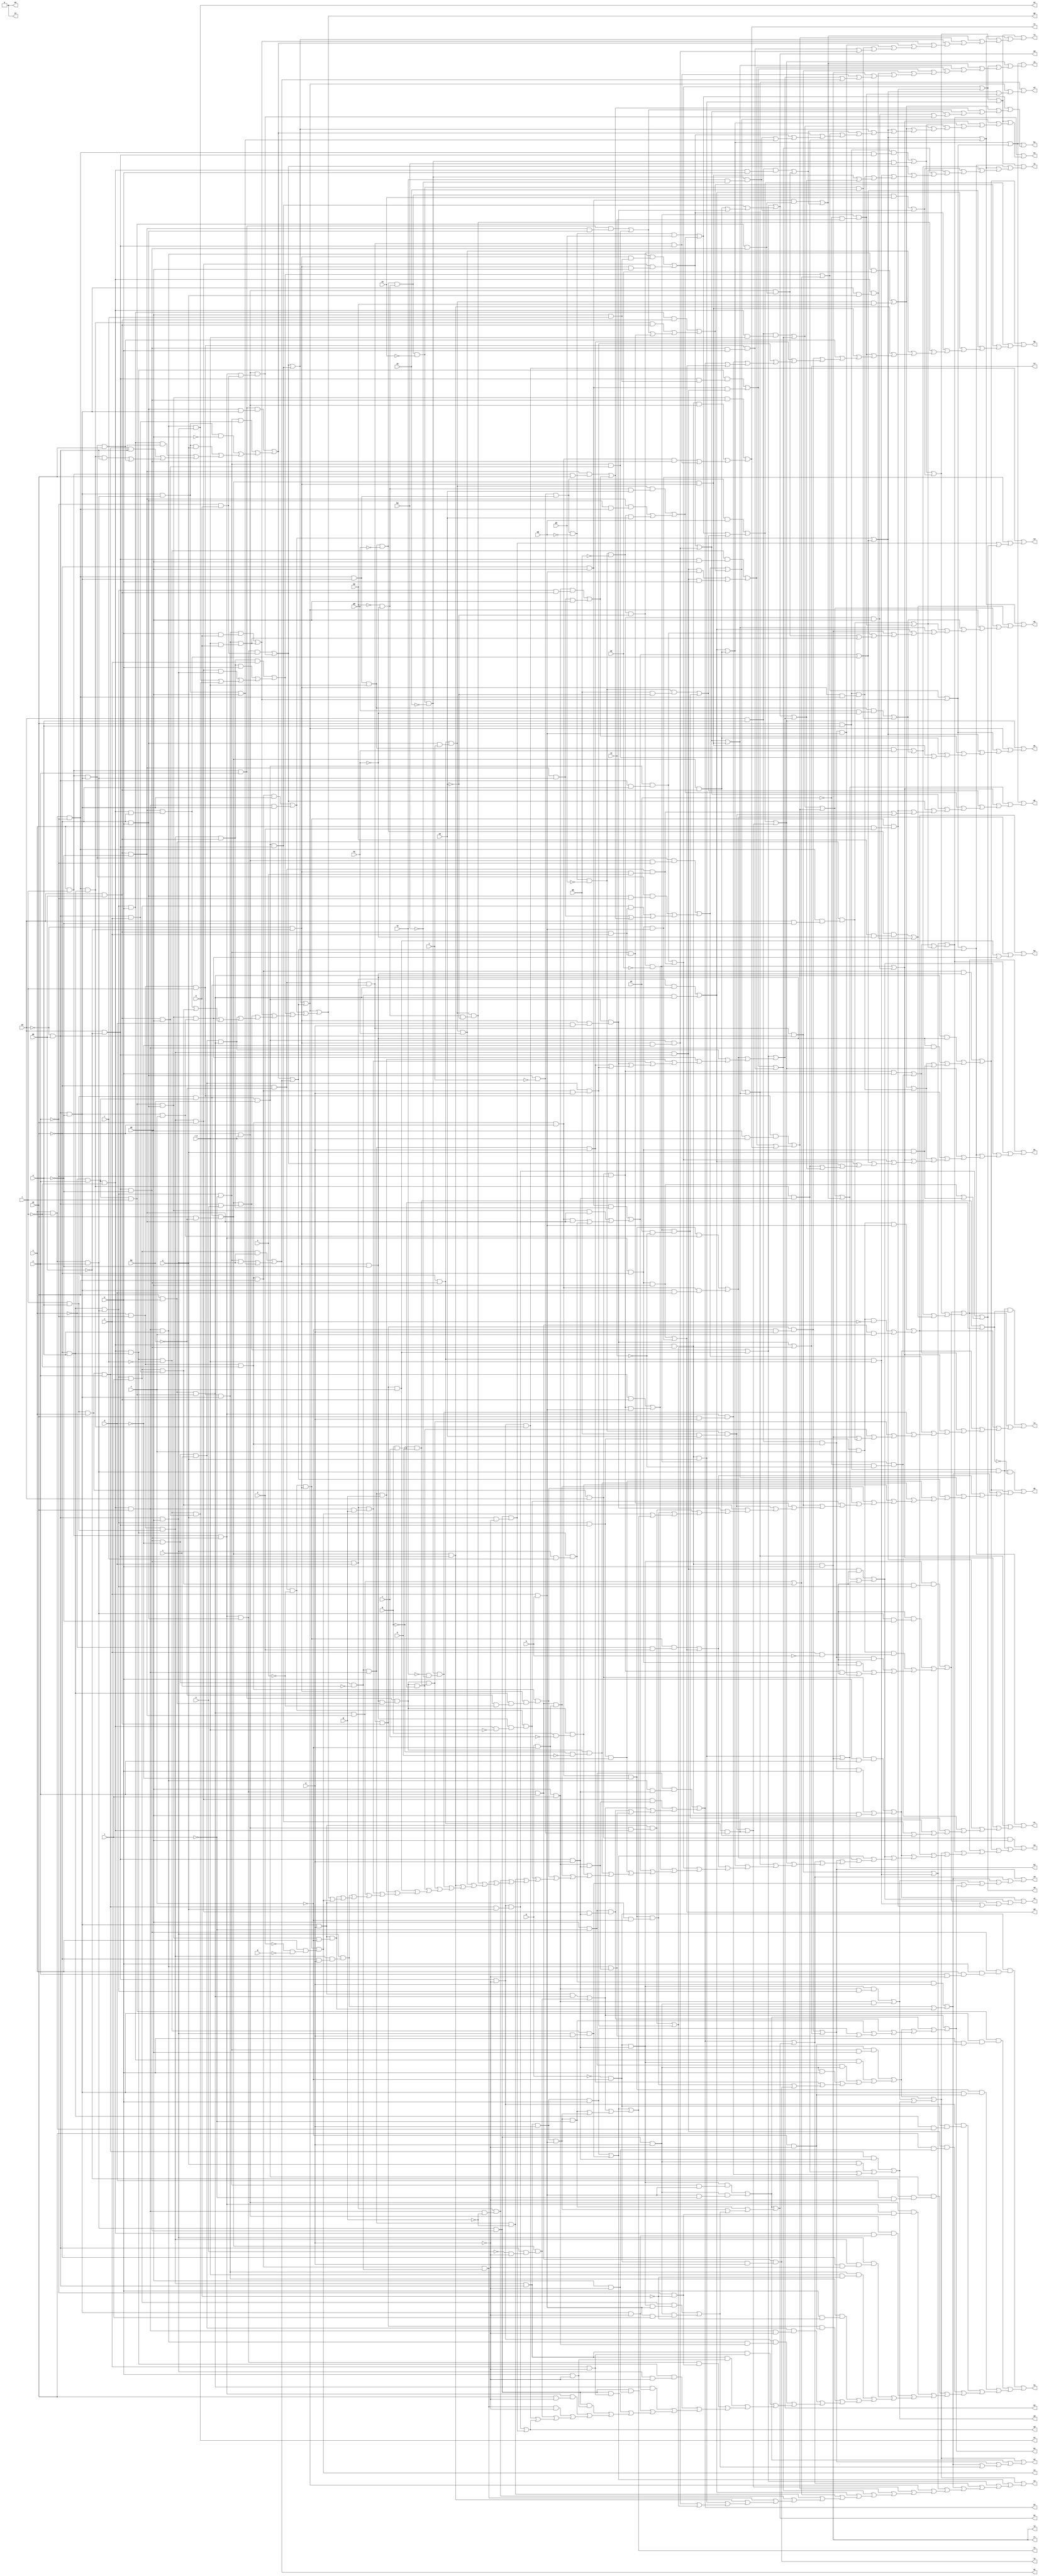
// IWLS benchmark module "k2" printed on Wed May 29 17:27:51 2002
module k2(a, b, c, d, e, f, g, h, i, j, k, l, m, n, o, p, q, r, s, t, u, v, w, \x , y, z, a0, b0, c0, d0, e0, f0, g0, h0, i0, j0, k0, l0, m0, n0, o0, p0, q0, r0, s0, t0, u0, v0, w0, x0, y0, z0, a1, b1, c1, d1, e1, f1, g1, h1, i1, j1, k1, l1, m1, n1, o1, p1, q1, r1, s1, t1, u1, v1, w1, x1, y1, z1, a2, b2, c2, d2, e2, f2, g2, h2, i2, j2, k2, l2);
input
  a,
  b,
  c,
  d,
  e,
  f,
  g,
  h,
  i,
  j,
  k,
  l,
  m,
  n,
  o,
  p,
  q,
  r,
  s,
  t,
  u,
  v,
  w,
  \x ,
  y,
  z,
  a0,
  b0,
  c0,
  d0,
  e0,
  f0,
  g0,
  h0,
  i0,
  j0,
  k0,
  l0,
  m0,
  n0,
  o0,
  p0,
  q0,
  r0,
  s0;
output
  z0,
  z1,
  a1,
  a2,
  b1,
  b2,
  c1,
  c2,
  d1,
  d2,
  e1,
  e2,
  f1,
  f2,
  g1,
  g2,
  h1,
  h2,
  i1,
  i2,
  j1,
  j2,
  k1,
  k2,
  l1,
  l2,
  m1,
  n1,
  o1,
  p1,
  q1,
  r1,
  s1,
  t0,
  t1,
  u0,
  u1,
  v0,
  v1,
  w0,
  w1,
  x0,
  x1,
  y0,
  y1;
wire
  \[60] ,
  z5,
  \[61] ,
  \[146] ,
  \[62] ,
  \[147] ,
  \[63] ,
  r11,
  \[148] ,
  \[64] ,
  \[149] ,
  \[65] ,
  \[66] ,
  z10,
  z11,
  \[67] ,
  \[245] ,
  \[68] ,
  \[246] ,
  \[69] ,
  \[247] ,
  \[150] ,
  \[0] ,
  \[151] ,
  \[1] ,
  \[152] ,
  \[2] ,
  \[153] ,
  \[3] ,
  \[154] ,
  \[4] ,
  \[70] ,
  k12,
  \[155] ,
  \[5] ,
  \[156] ,
  \[6] ,
  \[157] ,
  \[7] ,
  \[158] ,
  \[8] ,
  \[252] ,
  \[159] ,
  \[9] ,
  \[75] ,
  \[255] ,
  \[78] ,
  \[256] ,
  \[79] ,
  \[257] ,
  \[259] ,
  \[160] ,
  \[161] ,
  d12,
  \[162] ,
  \[163] ,
  \[164] ,
  \[80] ,
  l11,
  \[165] ,
  \[81] ,
  \[260] ,
  \[167] ,
  \[261] ,
  t11,
  t12,
  \[168] ,
  \[84] ,
  \[262] ,
  \[169] ,
  \[85] ,
  \[263] ,
  \[86] ,
  \[264] ,
  \[87] ,
  \[265] ,
  \[88] ,
  \[266] ,
  \[89] ,
  \[267] ,
  \[268] ,
  \[269] ,
  \[170] ,
  \[10] ,
  e10,
  e11,
  e12,
  \[172] ,
  \[11] ,
  \[173] ,
  \[12] ,
  \[174] ,
  \[13] ,
  m12,
  \[175] ,
  \[14] ,
  \[91] ,
  \[176] ,
  \[15] ,
  \[92] ,
  \[270] ,
  \[177] ,
  \[16] ,
  \[271] ,
  \[178] ,
  \[17] ,
  \[94] ,
  \[272] ,
  \[179] ,
  \[18] ,
  \[95] ,
  \[273] ,
  \[19] ,
  \[96] ,
  \[274] ,
  \[97] ,
  \[275] ,
  \[98] ,
  \[276] ,
  \[100] ,
  \[277] ,
  \[101] ,
  \[278] ,
  \[102] ,
  \[279] ,
  \[103] ,
  \[180] ,
  \[104] ,
  \[181] ,
  \[20] ,
  f10,
  f12,
  \[105] ,
  \[182] ,
  \[21] ,
  \[183] ,
  \[22] ,
  \[200] ,
  \[107] ,
  \[23] ,
  \[201] ,
  n10,
  n11,
  \[108] ,
  \[202] ,
  \[109] ,
  \[25] ,
  \[280] ,
  \[187] ,
  \[26] ,
  \[281] ,
  v12,
  \[188] ,
  \[27] ,
  \[282] ,
  \[189] ,
  \[28] ,
  \[283] ,
  \[29] ,
  \[207] ,
  \[284] ,
  \[208] ,
  \[209] ,
  \[110] ,
  \[111] ,
  \[112] ,
  \[113] ,
  \[30] ,
  g12,
  \[31] ,
  \[116] ,
  \[32] ,
  \[33] ,
  \[211] ,
  \[118] ,
  \[195] ,
  \[34] ,
  \[212] ,
  \[196] ,
  \[35] ,
  \[213] ,
  \[197] ,
  \[36] ,
  \[214] ,
  w11,
  \[198] ,
  \[37] ,
  \[215] ,
  \[199] ,
  \[38] ,
  \[216] ,
  \[39] ,
  \[217] ,
  \[218] ,
  \[219] ,
  \[120] ,
  \[121] ,
  \[122] ,
  \[123] ,
  \[124] ,
  \[40] ,
  h12,
  \[125] ,
  \[41] ,
  \[126] ,
  \[42] ,
  \[220] ,
  \[127] ,
  \[43] ,
  \[221] ,
  p12,
  \[128] ,
  \[222] ,
  \[129] ,
  \[45] ,
  \[223] ,
  \[46] ,
  x11,
  \[47] ,
  \[225] ,
  a7,
  a8,
  \[48] ,
  \[226] ,
  b6,
  b7,
  b8,
  b9,
  \[49] ,
  \[227] ,
  c7,
  \[228] ,
  d5,
  d7,
  d8,
  \[229] ,
  e6,
  e8,
  e9,
  \[130] ,
  f7,
  f8,
  \[131] ,
  a10,
  a11,
  a12,
  g7,
  g8,
  g9,
  \[132] ,
  h8,
  i7,
  i8,
  \[50] ,
  i10,
  j8,
  i12,
  \[51] ,
  k6,
  k8,
  k9,
  \[136] ,
  \[52] ,
  \[230] ,
  l6,
  l8,
  \[137] ,
  \[53] ,
  \[231] ,
  m6,
  m8,
  m9,
  q11,
  q12,
  \[138] ,
  \[54] ,
  \[232] ,
  n7,
  n8,
  n9,
  \[139] ,
  \[55] ,
  o6,
  o7,
  o8,
  \[56] ,
  p6,
  p7,
  p9,
  y10,
  \[57] ,
  \[235] ,
  q7,
  q8,
  \[58] ,
  \[236] ,
  r8,
  \[59] ,
  s6,
  s7,
  s8,
  \[238] ,
  t8,
  t9,
  u7,
  u8,
  u9,
  \[140] ,
  w9,
  \[142] ,
  \[144] ;
assign
  z0 = \[6] ,
  \[60]  = ~e0 & ~d0,
  z1 = \[32] ,
  z5 = \[274]  & (\[221]  & \[69] ),
  \[61]  = \[54]  & \[51] ,
  \[146]  = (\[278]  & \[58] ) | ((\[220]  & \[58] ) | (\[116]  | y10)),
  \[62]  = \[53]  & \[50] ,
  \[147]  = (\[277]  & (\[127]  & ~u)) | ((\[277]  & (\[57]  & ~u)) | ((\[223]  & (\[58]  & z)) | (\[283]  | \[122] ))),
  \[63]  = \[55]  & \[52] ,
  r11 = \[131]  & \[87] ,
  \[148]  = \[53]  & t,
  \[64]  = \[50]  & \[48] ,
  \[149]  = \[89]  & a,
  \[65]  = \[48]  & t,
  \[66]  = \[53]  & ~t,
  z10 = \[223]  & (\[157]  & \[80] ),
  z11 = \[213]  & y,
  \[67]  = \[56]  & c0,
  \[245]  = \[123]  | f10,
  \[68]  = \[59]  & \[49] ,
  \[246]  = \[124]  | \[97] ,
  \[69]  = \[45]  & a,
  \[247]  = \[164]  | \[124] ,
  \[150]  = \[55]  & \[49] ,
  \[0]  = e10 | (m9 | (g9 | \[4] )),
  \[151]  = \[66]  & ~c0,
  \[1]  = l11 | g9,
  \[152]  = \[112]  & ~g0,
  \[2]  = 0,
  \[153]  = \[56]  & \[54] ,
  \[3]  = n9 | m9,
  \[154]  = a0 & l,
  \[4]  = l11 | (n9 | l6),
  \[70]  = c0 & w,
  k12 = \[269]  & a,
  \[155]  = \[61]  & ~l,
  \[5]  = (\[227]  & \[69] ) | ((\[149]  & y) | (f10 | m6)),
  \[156]  = \[59]  & u,
  \[6]  = \[230]  | (\[229]  | (\[195]  | (\[183]  | (q12 | \[8] )))),
  \[157]  = \[103]  & \[69] ,
  \[7]  = \[231]  | (e6 | (p6 | (z10 | b9))),
  \[158]  = \[86]  & e0,
  \[8]  = \[232]  | (\[231]  | (\[207]  | (z5 | (e6 | (k6 | s6))))),
  \[252]  = \[197]  | z11,
  \[159]  = u7 | d8,
  \[9]  = g8 | (d12 | x11),
  \[75]  = (\[181]  & (\[60]  & (a0 & r))) | (\[221]  & (\[60]  & a0)),
  \[255]  = (\[177]  & \[130] ) | (\[200]  | \[43] ),
  \[78]  = (\[156]  & (\[57]  & \[52] )) | ((\[155]  & (\[47]  & z)) | ((\[279]  & ~a0) | ((\[279]  & y) | ((\[278]  & \[47] ) | ((\[227]  & \[47] ) | ((\[220]  & \[47] ) | o6)))))),
  \[256]  = (\[158]  & (w & u)) | ((\[270]  & w) | (\[213]  & a0)),
  \[79]  = ~c0 & ~b0,
  \[257]  = (\[281]  & \[80] ) | ((\[281]  & ~z) | (\[273]  & f)),
  \[259]  = \[207]  | (\[183]  | \[5] ),
  \[160]  = s7 | o7,
  \[161]  = (\[112]  & (g0 & ~f0)) | i7,
  d12 = \[222]  & (\[127]  & \[56] ),
  \[162]  = (\[176]  & i0) | g7,
  \[163]  = (\[179]  & (\[55]  & \[45] )) | (\[265]  & k0),
  \[164]  = \[94]  | i8,
  \[80]  = z & k,
  l11 = \[228]  & (\[227]  & y),
  \[165]  = \[120]  | \[97] ,
  \[81]  = (\[178]  & (~u & b)) | p9,
  \[260]  = \[188]  | (\[187]  | \[160] ),
  \[167]  = \[136]  | t9,
  \[261]  = \[208]  | (\[199]  | (\[198]  | \[189] )),
  t11 = \[272]  & (\[222]  & ~f),
  t12 = \[217]  & (\[52]  & f),
  \[168]  = \[140]  | \[126] ,
  \[84]  = (~q & h) | (q & i),
  \[262]  = (\[226]  & \[111] ) | ((\[131]  & \[111] ) | ((\[111]  & \[67] ) | (\[196]  | l6))),
  \[169]  = \[147]  | \[146] ,
  \[85]  = (\[284]  & \[271] ) | ((\[217]  & \[87] ) | ((\[151]  & \[87] ) | g12)),
  \[263]  = \[110]  & c,
  \[86]  = \[50]  & v,
  \[264]  = \[153]  & ~r,
  \[87]  = \[58]  & ~s,
  \[265]  = \[212]  & ~j0,
  \[88]  = \[57]  & ~j,
  \[266]  = \[218]  & ~o0,
  \[89]  = \[51]  & \[49] ,
  \[267]  = \[49]  & d,
  \[268]  = \[209]  & a,
  \[269]  = \[174]  & \[67] ,
  \[170]  = (\[102]  & m0) | (\[144]  | \[132] ),
  \[10]  = \[202]  | (\[165]  | (\[124]  | (\[123]  | (\[104]  | (i8 | (m8 | e11)))))),
  e10 = \[228]  & \[220] ,
  e11 = \[155]  & (\[58]  & a0),
  e12 = \[180]  & \[45] ,
  \[172]  = \[128]  & ~q0,
  \[11]  = \[201]  | (\[165]  | (\[123]  | o7)),
  \[173]  = \[64]  & b0,
  \[12]  = \[246]  | (\[201]  | (\[167]  | (\[123]  | (p7 | (q7 | (d8 | (f8 | i8))))))),
  \[174]  = \[110]  & ~c,
  \[13]  = \[247]  | (\[200]  | (\[167]  | (\[132]  | (\[125]  | (\[96]  | (\[81]  | (u8 | (r8 | u7)))))))),
  m12 = \[148]  & (\[49]  & w),
  \[175]  = \[64]  & (c0 & ~b0),
  \[14]  = \[247]  | (\[144]  | (\[137]  | (\[122]  | (\[116]  | (\[96]  | (t9 | p9)))))),
  \[91]  = r11 | a11,
  \[176]  = \[152]  & \[129] ,
  \[15]  = \[252]  | (\[246]  | (\[245]  | (\[198]  | (\[162]  | (\[160]  | (\[107]  | (\[81]  | (n7 | (i10 | (m8 | (\[33]  | \[27] ))))))))))),
  \[92]  = (\[276]  & (w & b)) | i12,
  \[270]  = \[182]  & \[66] ,
  \[177]  = \[62]  & \[45] ,
  \[16]  = \[247]  | (\[202]  | (\[197]  | (\[142]  | (\[121]  | (\[109]  | (\[95]  | (q8 | (a12 | (d5 | (e12 | (\[27]  | \[23] ))))))))))),
  \[271]  = \[62]  & \[58] ,
  \[178]  = \[68]  & \[57] ,
  \[17]  = \[260]  | (\[252]  | (\[169]  | (\[167]  | (\[164]  | (\[163]  | (\[140]  | (\[137]  | (\[123]  | (\[120]  | (\[118]  | (\[108]  | (\[78]  | (\[75]  | (g7 | e9)))))))))))))),
  \[94]  = (\[267]  & \[131] ) | (\[174]  & \[131] ),
  \[272]  = \[151]  & ~d,
  \[179]  = c0 & s,
  \[18]  = \[252]  | (\[245]  | (\[199]  | (\[142]  | (\[126]  | (\[120]  | (\[92]  | (\[78]  | (b7 | (i7 | (m12 | h8)))))))))),
  \[95]  = (\[153]  & (\[45]  & (a0 & r))) | (\[284]  & \[177] ),
  \[273]  = \[178]  & u,
  \[19]  = \[245]  | (\[189]  | (\[168]  | (\[165]  | (\[161]  | (\[160]  | (\[121]  | (\[94]  | (d5 | (e8 | (p12 | i12)))))))))),
  \[96]  = \[75]  | h8,
  \[274]  = a0 & ~l,
  \[97]  = \[78]  | \[23] ,
  \[275]  = \[180]  & \[58] ,
  \[98]  = \[85]  | d7,
  \[276]  = \[148]  & \[52] ,
  \[100]  = (\[271]  & z) | ((\[271]  & w) | ((\[221]  & \[101] ) | (\[21]  | \[20] ))),
  \[277]  = \[59]  & \[52] ,
  \[101]  = \[47]  & a0,
  \[278]  = \[61]  & w,
  \[102]  = \[88]  & \[63] ,
  \[279]  = \[52]  & \[51] ,
  \[103]  = ~p & ~f,
  \[180]  = \[79]  & \[64] ,
  \[104]  = (\[154]  & (\[61]  & \[58] )) | (\[283]  & a0),
  \[181]  = \[67]  & s,
  \[20]  = \[264]  & (\[58]  & a0),
  f10 = \[220]  & \[69] ,
  f12 = \[269]  & g,
  \[105]  = (\[226]  & \[52] ) | (\[67]  & \[52] ),
  \[182]  = e0 & s,
  \[21]  = \[181]  & \[101] ,
  \[183]  = (\[157]  & (\[154]  & \[61] )) | (\[154]  & \[149] ),
  \[22]  = \[261]  | (\[260]  | (\[255]  | (\[246]  | (\[202]  | (\[201]  | (\[196]  | (\[167]  | (\[138]  | (\[98]  | (\[94]  | (\[81]  | (f10 | (\[33]  | \[27] ))))))))))))),
  \[200]  = \[168]  | \[142] ,
  \[107]  = \[95]  | m12,
  \[23]  = (\[223]  & \[101] ) | ((\[155]  & \[101] ) | e9),
  \[201]  = \[169]  | \[121] ,
  n10 = \[215]  & (p & ~f),
  n11 = \[269]  & ~g,
  \[108]  = \[100]  | \[91] ,
  \[202]  = \[170]  | \[159] ,
  \[109]  = (\[264]  & (\[45]  & a0)) | ((\[177]  & \[80] ) | (\[177]  & w)),
  \[25]  = \[256]  | (\[255]  | (\[208]  | (n7 | u8))),
  \[280]  = \[216]  & \[60] ,
  \[187]  = (\[214]  & w) | p7,
  \[26]  = (\[217]  & \[49] ) | ((\[213]  & \[127] ) | ((\[151]  & \[49] ) | e12)),
  \[281]  = \[215]  & f,
  v12 = \[222]  & (\[217]  & ~f),
  \[188]  = q8 | n7,
  \[27]  = \[236]  | (\[235]  | (u9 | (t12 | (f12 | (q11 | (g8 | (k12 | x11))))))),
  \[282]  = \[179]  & \[51] ,
  \[189]  = (\[152]  & (h0 & ~f0)) | a12,
  \[28]  = (\[282]  & \[84] ) | (\[261]  | (\[257]  | (\[256]  | (\[187]  | (\[167]  | (\[147]  | (f7 | (k9 | (a7 | (d5 | s7)))))))))),
  \[283]  = \[87]  & \[51] ,
  \[29]  = \[259]  | (\[231]  | (\[230]  | (\[195]  | (z10 | b9)))),
  \[207]  = (\[157]  & (\[155]  & a0)) | ((\[278]  & \[157] ) | ((\[274]  & \[149] ) | ((\[149]  & w) | (k12 | (t11 | \[41] ))))),
  \[284]  = ~c0 & a0,
  \[208]  = (\[157]  & (\[130]  & \[61] )) | ((\[130]  & (\[51]  & ~s)) | ((\[281]  & \[130] ) | ((\[270]  & \[130] ) | ((\[219]  & \[130] ) | ((\[214]  & \[130] ) | b7))))),
  \[209]  = \[62]  & \[47] ,
  \[110]  = \[49]  & ~d,
  \[111]  = \[60]  & ~s,
  \[112]  = \[63]  & \x ,
  \[113]  = \[102]  & ~m0,
  \[30]  = \[238]  | (\[232]  | (e6 | p6)),
  g12 = \[153]  & (\[101]  & r),
  \[31]  = (\[274]  & (\[181]  & \[69] )) | ((\[221]  & (\[154]  & \[69] )) | (\[232]  | (z5 | s6))),
  \[116]  = (\[156]  & (\[87]  & \[57] )) | e11,
  \[32]  = \[280]  & (v & (~n & ~m)),
  \[33]  = \[236]  | (f8 | (i8 | g8)),
  \[211]  = \[150]  & (\[57]  & j),
  \[118]  = (\[182]  & (\[56]  & w)) | p12,
  \[195]  = (g12 & a) | (b6 | v12),
  \[34]  = \[262]  | (\[170]  | (\[146]  | (\[98]  | (\[94]  | (\[75]  | (a8 | (b8 | (l8 | (o7 | (m8 | (o6 | (n8 | (k12 | (x11 | (m6 | (\[31]  | \[3] )))))))))))))))),
  \[212]  = \[176]  & ~i0,
  \[196]  = \[137]  | i10,
  \[35]  = \[259]  | (\[238]  | (\[236]  | (\[229]  | (\[195]  | (\[188]  | (\[165]  | (\[159]  | (\[126]  | (\[107]  | (\[94]  | (\[91]  | (n11 | (h12 | (w11 | (l8 | (z11 | (h8 | (d12 | x11)))))))))))))))))),
  \[213]  = \[56]  & \[49] ,
  \[197]  = \[138]  | u8,
  \[36]  = (\[282]  & ~\[84] ) | (\[262]  | (\[195]  | (\[139]  | (\[121]  | (\[97]  | (n10 | (c7 | (a10 | (w9 | (t8 | (s8 | (q8 | (y10 | (u7 | (a11 | (g8 | (d12 | (t11 | (\[32]  | \[30] ))))))))))))))))))),
  \[214]  = \[158]  & ~u,
  w11 = \[226]  & \[174] ,
  \[198]  = (\[112]  & f0) | \[161] ,
  \[37]  = (\[158]  & a0) | (\[282]  | (\[262]  | (\[261]  | (\[260]  | (\[259]  | (\[257]  | (\[256]  | (\[255]  | (\[238]  | (\[235]  | (\[230]  | (\[229]  | (\[202]  | (\[201]  | (\[164]  | (\[139]  | (\[138]  | (\[136]  | (\[85]  | (n10 | (c7 | (a10 | (w9 | (t8 | (s8 | (n11 | (h12 | (w11 | (a8 | (b8 | (l8 | (f7 | (k9 | (a7 | (o8 | (f12 | (q11 | (r11 | (b6 | (v12 | (\[39]  | \[32] ))))))))))))))))))))))))))))))))))))))))),
  \[215]  = \[61]  & \[45] ,
  \[199]  = \[163]  | \[162] ,
  \[38]  = (\[103]  & (\[49]  & (w & (v & (u & ~a))))) | ((\[65]  & (\[52]  & (w & (~f & ~a)))) | ((\[272]  & (\[52]  & (~f & ~a))) | ((\[228]  & (\[103]  & (\[54]  & \[46] ))) | ((\[177]  & (c0 & (a0 & ~a))) | ((\[173]  & (~d0 & (d & ~a))) | ((\[127]  & (\[68]  & (~u & ~b))) | ((\[127]  & (\[56]  & (\[52]  & ~a))) | ((\[101]  & (\[62]  & (~c0 & ~a))) | ((\[276]  & (\x  & ~b)) | ((\[276]  & (w & ~b)) | ((\[275]  & (~f & ~a)) | ((\[263]  & (\[67]  & ~a)) | ((\[228]  & (\[181]  & \[154] )) | ((\[209]  & (z & ~a)) | ((\[209]  & (w & ~a)) | ((\[178]  & (~u & ~b)) | ((\[153]  & (\[101]  & ~a)) | ((\[131]  & (\[52]  & ~a)) | ((\[89]  & (a0 & ~a)) | ((\[89]  & (z & ~a)) | ((\[89]  & (w & ~a)) | ((\[68]  & (c0 & ~a)) | ((w11 & ~a) | (j8 | (e10 | \[1] ))))))))))))))))))))))))),
  \[216]  = \[79]  & ~o,
  \[39]  = \[165]  | (\[105]  | (\[100]  | (\[92]  | (k8 | (u9 | (t12 | (d7 | a11))))))),
  \[217]  = \[65]  & \[57] ,
  \[218]  = \[172]  & ~n0,
  \[219]  = \[68]  & ~c0,
  \[120]  = \[81]  | f8,
  \[121]  = \[96]  | m8,
  \[122]  = (\[87]  & (\[59]  & c0)) | \[104] ,
  \[123]  = \[105]  | \[98] ,
  \[124]  = \[108]  | \[92] ,
  \[40]  = \[257]  | (\[235]  | (o8 | t12)),
  h12 = \[267]  & (\[67]  & ~g),
  \[125]  = (\[211]  & (\[129]  & n0)) | ((\[87]  & (\[57]  & \[55] )) | (\[172]  & n0)),
  \[41]  = \[273]  & (\[103]  & a),
  \[126]  = (\[148]  & (\[49]  & \x )) | (\[109]  | \[26] ),
  \[42]  = 0,
  \[220]  = \[55]  & \[54] ,
  \[127]  = ~c0 & \x ,
  \[43]  = z11 | d5,
  \[221]  = \[62]  & c0,
  p12 = \[127]  & (\[65]  & \[49] ),
  \[128]  = \[113]  & ~p0,
  \[222]  = \[52]  & a,
  \[129]  = ~h0 & ~f0,
  \[45]  = e0 & ~d0,
  \[223]  = \[61]  & l,
  \[46]  = v & ~t,
  x11 = \[263]  & (\[226]  & a),
  \[47]  = ~e0 & d0,
  a1 = \[7] ,
  a2 = \[33] ,
  \[225]  = \[156]  & (\[111]  & \[70] ),
  a7 = \[225]  & (q & i),
  a8 = \[211]  & (\[129]  & ~n0),
  \[48]  = ~v & u,
  b1 = \[8] ,
  b2 = \[34] ,
  \[226]  = \[66]  & c0,
  b6 = \[101]  & (\[62]  & (~c0 & a)),
  b7 = \[270]  & \[80] ,
  b8 = \[211]  & f0,
  b9 = \[149]  & (\[80]  & l),
  \[49]  = \[45]  & ~s,
  c1 = \[9] ,
  c2 = \[35] ,
  \[227]  = \[86]  & u,
  c7 = \[225]  & (~q & ~h),
  d1 = \[10] ,
  d2 = \[36] ,
  \[228]  = \[45]  & ~a,
  d5 = \[213]  & w,
  d7 = \[87]  & (\[56]  & ~c0),
  d8 = \[150]  & \[88] ,
  e1 = \[11] ,
  e2 = \[37] ,
  \[229]  = \[31]  | \[7] ,
  e6 = p6 & ~l,
  e8 = \[173]  & (\[47]  & ~c0),
  e9 = \[279]  & a0,
  \[130]  = z & ~k,
  f1 = \[12] ,
  f2 = \[38] ,
  f7 = \[265]  & (~l0 & ~k0),
  f8 = \[173]  & \[45] ,
  \[131]  = \[70]  & \[65] ,
  g1 = \[13] ,
  g2 = \[39] ,
  a10 = \[225]  & (q & ~i),
  a11 = \[223]  & (\[47]  & z),
  a12 = \[56]  & (\[52]  & y),
  g7 = \[265]  & (l0 & ~k0),
  g8 = \[173]  & (\[60]  & (d & a)),
  g9 = \[89]  & (y & ~a),
  \[132]  = (\[128]  & (q0 & ~n0)) | q7,
  h1 = \[14] ,
  h2 = \[40] ,
  h8 = \[173]  & (\[60]  & ~d),
  i1 = \[15] ,
  i2 = \[41] ,
  i7 = \[212]  & j0,
  i8 = \[175]  & \[58] ,
  \[50]  = t & s,
  j1 = \[16] ,
  j2 = \[42] ,
  i10 = \[179]  & (\[60]  & \[55] ),
  j8 = \[175]  & (\[47]  & (~e & ~a)),
  i12 = \[276]  & (\x  & b),
  \[51]  = \[46]  & u,
  k1 = \[17] ,
  k2 = \[43] ,
  k6 = \[268]  & w,
  k8 = \[175]  & (\[47]  & e),
  k9 = \[225]  & (~q & h),
  \[136]  = (\[227]  & \[58] ) | (\[214]  & \[80] ),
  \[52]  = \[47]  & ~s,
  l1 = \[18] ,
  l2 = d5,
  \[230]  = n8 | \[9] ,
  l6 = \[219]  & y,
  l8 = \[175]  & \[45] ,
  \[137]  = (\[218]  & o0) | (\[211]  & h0),
  \[53]  = ~v & ~u,
  m1 = \[19] ,
  \[231]  = (\[157]  & (\[155]  & \[80] )) | (\[149]  & (\[80]  & ~l)),
  m6 = \[68]  & (c0 & a),
  m8 = \[175]  & \[60] ,
  m9 = \[219]  & \[80] ,
  q11 = \[267]  & (\[67]  & g),
  q12 = \[264]  & (\[101]  & a),
  \[138]  = e8 | r8,
  \[54]  = ~c0 & s,
  n1 = \[20] ,
  \[232]  = (\[222]  & \[131] ) | j8,
  n7 = \[150]  & \x ,
  n8 = \[275]  & (~f & a),
  n9 = \[219]  & a0,
  \[139]  = (\[280]  & (~v & n)) | \[3] ,
  \[55]  = \[46]  & ~u,
  o1 = \[21] ,
  o6 = \[277]  & c0,
  o7 = \[266]  & (~s0 & r0),
  o8 = \[275]  & f,
  \[56]  = \[48]  & ~t,
  p1 = \[22] ,
  p6 = \[268]  & \[80] ,
  p7 = \[266]  & (~s0 & ~r0),
  p9 = \[127]  & (\[68]  & (~u & b)),
  y10 = \[155]  & (\[58]  & z),
  \[57]  = ~c0 & w,
  q1 = \[23] ,
  \[235]  = (\[272]  & (\[52]  & f)) | (\[151]  & (\[52]  & d)),
  q7 = \[266]  & (s0 & ~r0),
  q8 = \[180]  & \[47] ,
  \[58]  = e0 & d0,
  r1 = d5,
  \[236]  = k8 | o8,
  r8 = \[79]  & (\[60]  & o),
  \[59]  = v & t,
  s1 = \[25] ,
  s6 = \[181]  & (\[154]  & \[69] ),
  s7 = \[70]  & (\[55]  & (e0 & ~s)),
  s8 = \[216]  & (\[111]  & (\[56]  & ~\x )),
  t0 = \[0] ,
  t1 = \[26] ,
  \[238]  = k6 | q12,
  t8 = \[66]  & (\[60]  & (\[54]  & (~b0 & ~o))),
  t9 = \[214]  & a0,
  u0 = \[1] ,
  u1 = \[27] ,
  u7 = \[128]  & (q0 & n0),
  u8 = \[280]  & (v & n),
  u9 = \[263]  & \[131] ,
  \[140]  = (\[182]  & (\[56]  & \x )) | \[107] ,
  v0 = \[2] ,
  v1 = \[28] ,
  w0 = \[3] ,
  w1 = \[29] ,
  w9 = \[273]  & (p & ~f),
  \[142]  = (\[284]  & (\[65]  & \[49] )) | \[118] ,
  x0 = \[4] ,
  x1 = \[30] ,
  y0 = \[5] ,
  y1 = \[31] ,
  \[144]  = (\[113]  & p0) | \[125] ;
endmodule